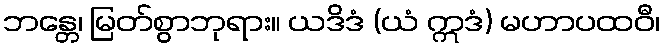
ဘန္တေ၊ မြတ်စွာဘုရား။ ယဒိဒံ (ယံ ဣဒံ) မဟာပထဝီ၊